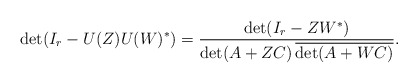
\begin{align*}\det(I_{r} - U(Z)U(W)^*) = \frac{\det(I_{r}- ZW^*)}{\det(A+ZC)\,\overline{\det(A+WC)}}.\end{align*}